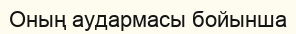
Оның аудармасы бойынша